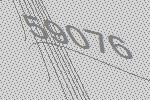
59076